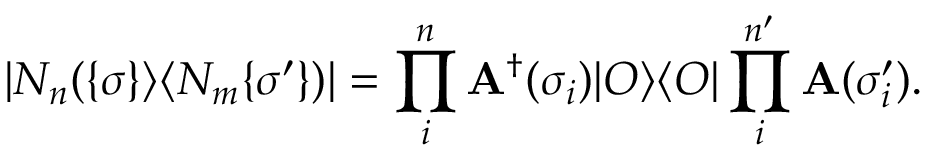
| N _ { n } ( \{ \sigma \} \rangle \langle N _ { m } \{ \sigma ^ { \prime } \} ) | = \prod _ { i } ^ { n } { \bf A } ^ { \dag } ( \sigma _ { i } ) | { \cal O } \rangle \langle { \cal O } | \prod _ { i } ^ { n ^ { \prime } } { \bf A } ( \sigma _ { i } ^ { \prime } ) .